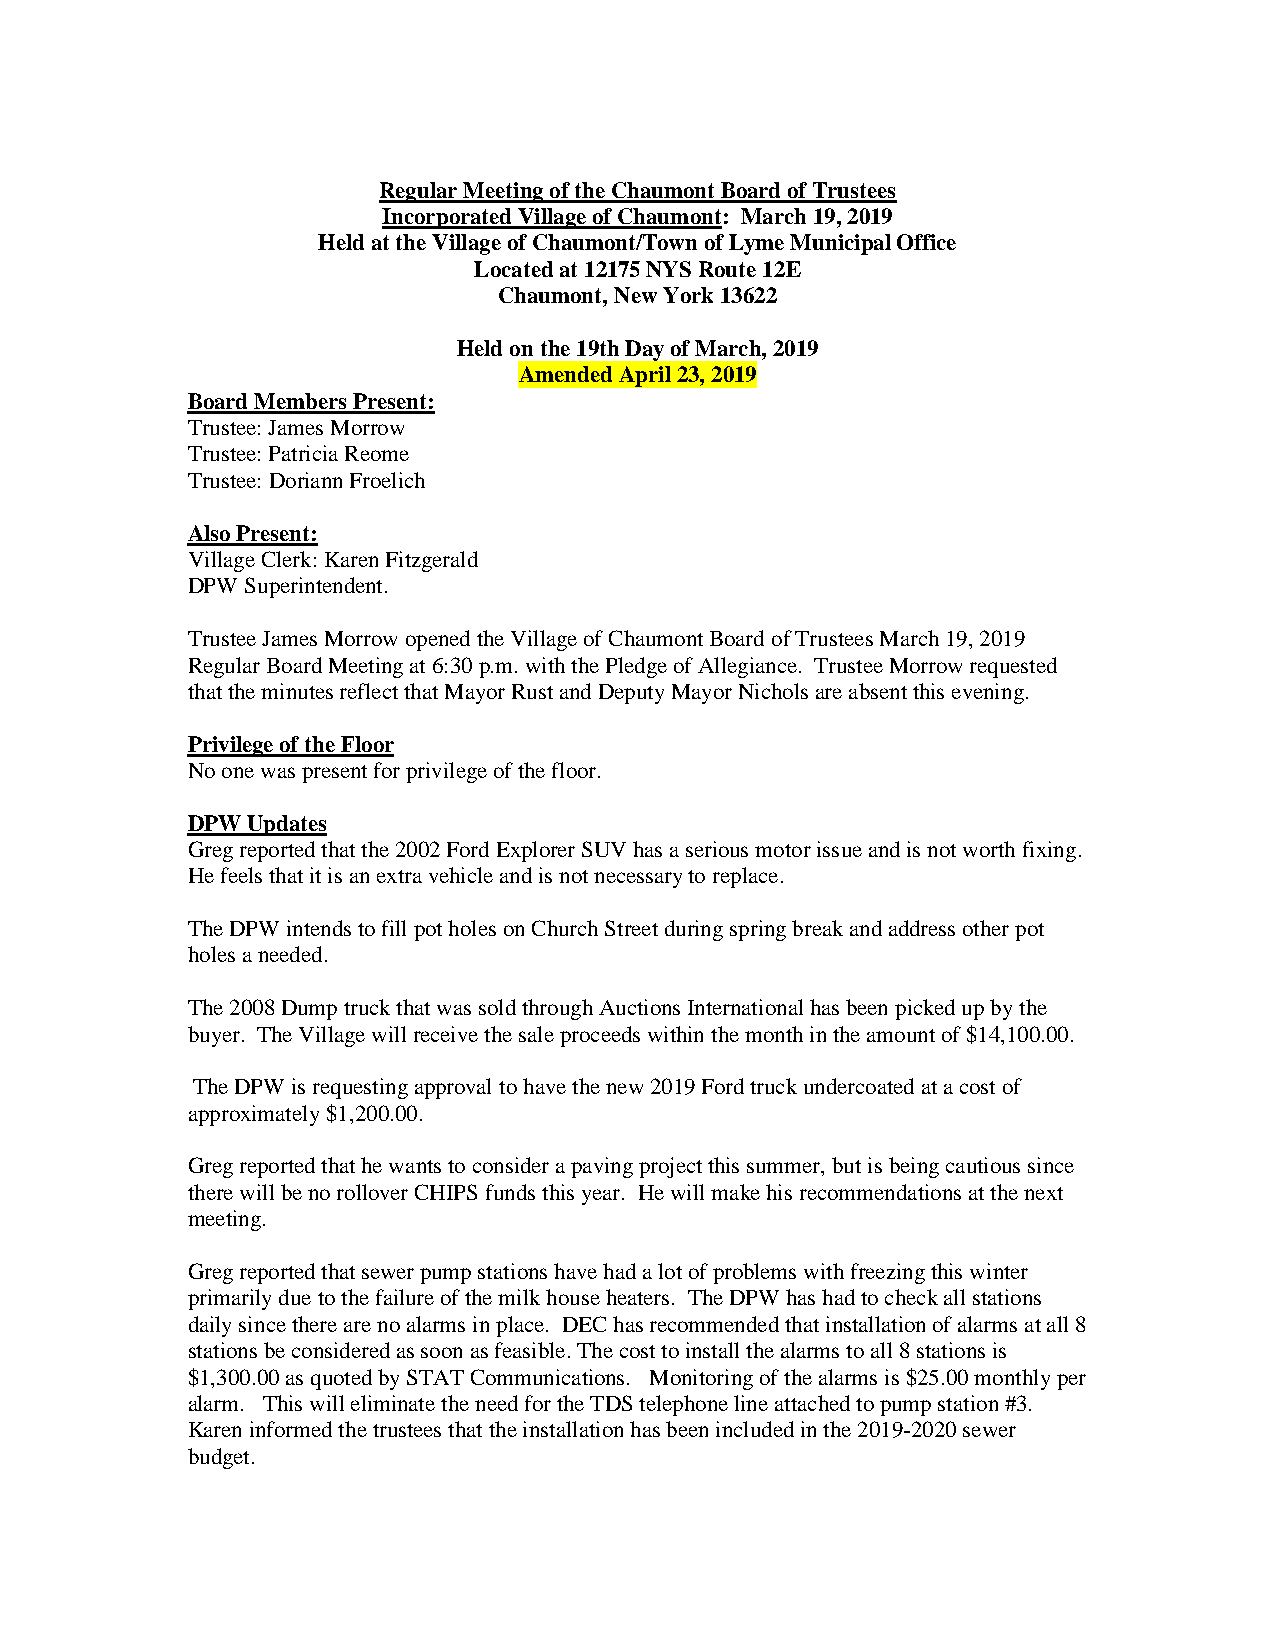
Regular Meeting of the Chaumont Board of Trustees
 Incorporated Village of Chaumont: March 19, 2019
 Held at the Village of Chaumont/Town of Lyme Municipal Office
 Located at 12175 NYS Route 12E
 Chaumont, New York 13622
 Held on the 19th Day of March, 2019
 Amended April 23, 2019
 Board Members Present:
 Trustee: James Morrow
 Trustee: Patricia Reome
 Trustee: Doriann Froelich
 Also Present:
 Village Clerk: Karen Fitzgerald
 DPW Superintendent.
 Trustee James Morrow opened the Village of Chaumont Board of Trustees March 19, 2019
 Regular Board Meeting at 6:30 p.m. with the Pledge of Allegiance. Trustee Morrow requested
 that the minutes reflect that Mayor Rust and Deputy Mayor Nichols are absent this evening.
 Privilege of the Floor
 No one was present for privilege of the floor.
 DPW Updates
 Greg reported that the 2002 Ford Explorer SUV has a serious motor issue and is not worth fixing.
 He feels that it is an extra vehicle and is not necessary to replace.
 The DPW intends to fill pot holes on Church Street during spring break and address other pot
 holes a needed.
 The 2008 Dump truck that was sold through Auctions International has been picked up by the
 buyer. The Village will receive the sale proceeds within the month in the amount of $14,100.00.
 The DPW is requesting approval to have the new 2019 Ford truck undercoated at a cost of
 approximately $1,200.00.
 Greg reported that he wants to consider a paving project this summer, but is being cautious since
 there will be no rollover CHIPS funds this year. He will make his recommendations at the next
 meeting.
 Greg reported that sewer pump stations have had a lot of problems with freezing this winter
 primarily due to the failure of the milk house heaters. The DPW has had to check all stations
 daily since there are no alarms in place. DEC has recommended that installation of alarms at all 8
 stations be considered as soon as feasible. The cost to install the alarms to all 8 stations is
 $1,300.00 as quoted by STAT Communications. Monitoring of the alarms is $25.00 monthly per
 alarm. This will eliminate the need for the TDS telephone line attached to pump station #3.
 Karen informed the trustees that the installation has been included in the 2019-2020 sewer
 budget.